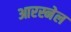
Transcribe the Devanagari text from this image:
आरस्नेल